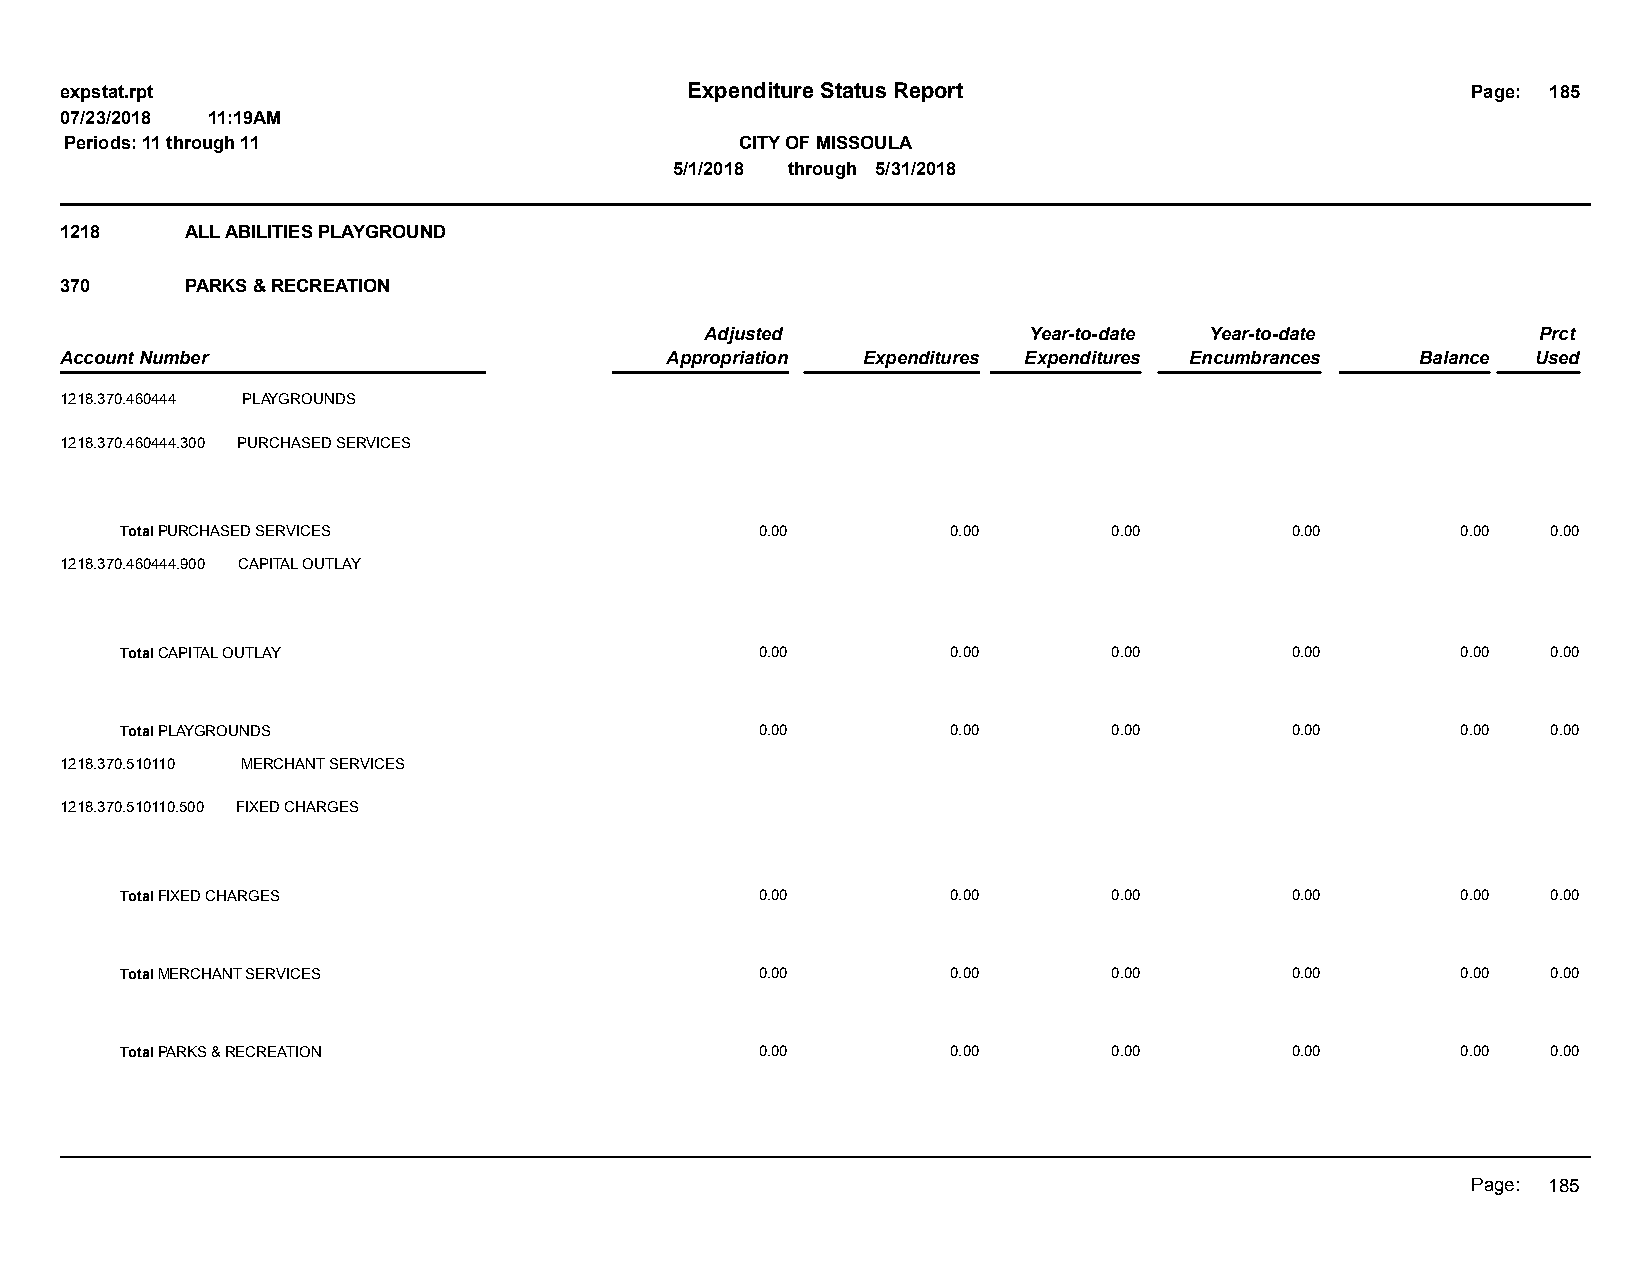
expstat.rpt                              Expenditure Status Report                           Page: 185
 07/23/2018 11:19AM
 Periods: 11 through 11                       CITY OF MISSOULA
 5/1/2018 through 5/31/2018
 1218    ALL ABILITIES PLAYGROUND
 370     PARKS & RECREATION
 Adjusted             Year-to-date Year-to-date         Prct
 Account Number                          Appropriation Expenditures Expenditures Encumbrances Balance Used
 1218.370.460444 PLAYGROUNDS
 1218.370.460444.300 PURCHASED SERVICES
 Total PURCHASED SERVICES                  0.00         0.00       0.00       0.00        0.00  0.00
 1218.370.460444.900 CAPITAL OUTLAY
 Total CAPITAL OUTLAY                      0.00         0.00       0.00       0.00        0.00  0.00
 Total PLAYGROUNDS                         0.00         0.00       0.00       0.00        0.00  0.00
 1218.370.510110 MERCHANT SERVICES
 1218.370.510110.500 FIXED CHARGES
 Total FIXED CHARGES                       0.00         0.00       0.00       0.00        0.00  0.00
 Total MERCHANT SERVICES                   0.00         0.00       0.00       0.00        0.00  0.00
 Total PARKS & RECREATION                  0.00         0.00       0.00       0.00        0.00  0.00
 Page: 185